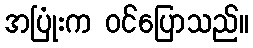
အပြုံးက ဝင်ပြောသည်။